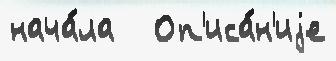
нача́ла   Оп'иса́н'иjе